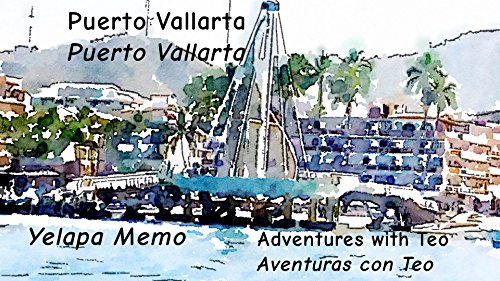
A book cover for Puerto Vallarta-Puerto Vallarta (Adventures with Teo-Aventuras con Teo Book 4); Yelapa Memo; Travel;